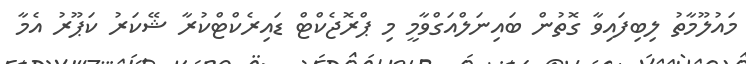
މައުލޫމާތު ލިބިފައިވާ ގޮތުން ބައިނަލްއަގްވާމީ މި ޕްރޮޖެކްޓް ޑައިރެކްޓްކުރާ ޝޭކަރު ކަޕޫރު އެމާ